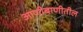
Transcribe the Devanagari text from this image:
आणीबाणीतील